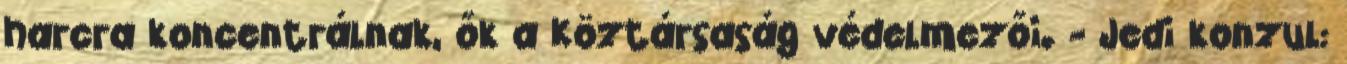
harcra koncentrálnak, ők a Köztársaság védelmezői. - Jedi konzul: